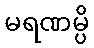
မရဏမ္ပိ